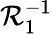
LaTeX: \mathcal{R}_{1}^{-1}